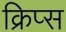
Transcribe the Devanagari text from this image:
क्रिप्‍स